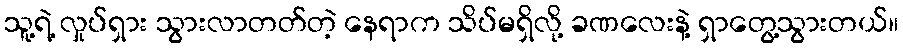
သူ့ရဲ့ လှုပ်ရှား သွားလာတတ်တဲ့ နေရာက သိပ်မရှိလို့ ခဏလေးနဲ့ ရှာတွေ့သွားတယ်။